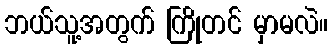
ဘယ်သူ့အတွက် ကြိုတင် မှာမလဲ။